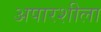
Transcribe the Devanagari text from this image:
अपारशीला